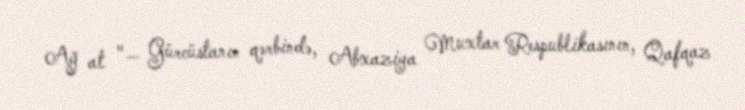
Ağ at "— Gürcüstanın qərbində, Abxaziya Muxtar Respublikasının, Qafqaz